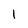
Character: l